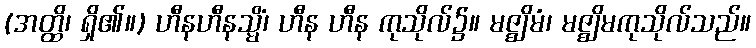
(အတ္ထိ၊ ရှိ၏။) ဟီနဟီနသ္မိံ၊ ဟီန ဟီန ကုသိုလ်၌။ မဇ္ဈိမံ၊ မဇ္ဈိမကုသိုလ်သည်။